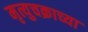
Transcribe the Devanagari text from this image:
मृत्युचक्राच्या